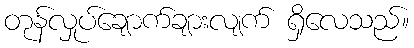
တုန်လှုပ်ချောက်ချားလျက် ရှိလေသည်။